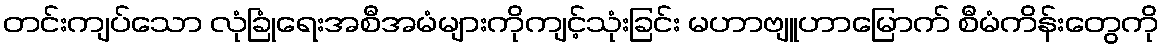
တင်းကျပ်သော လုံခြုံရေးအစီအမံများကိုကျင့်သုံးခြင်း မဟာဗျူဟာမြောက် စီမံကိန်းတွေကို